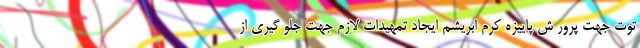
توت جهت پرور ش پاییزه کرم ابریشم ایجاد تمهیدات لازم جهت جلو گیری از